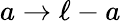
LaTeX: a\rightarrow\ell-a